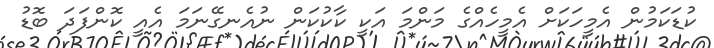
ކުޑަކަމުން އެމީހަކަށް އެމީހެއްގެ މަންމަ އަކީ ކާކުކަން ނުއެނގޭނަމަ އެއީ ކޮންފަދަ ބޮޑު